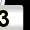
Digit: 3